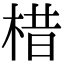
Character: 棤